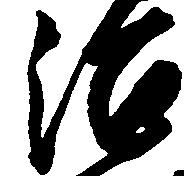
治